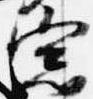
窓